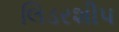
લિડરશીપ